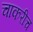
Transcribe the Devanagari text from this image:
चाकरीच